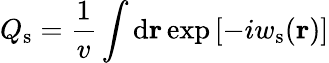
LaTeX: Q_{\mathrm{s}}=\frac{1}{v}\int\mathrm{d}\mathbf{r}\exp\left[-iw_{\mathrm{s}}(\mathbf{r})\right]